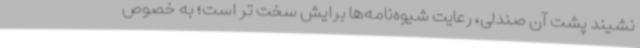
‌نشیند پشت آن صندلی، رعایت شیوه‌نامه‌ها برایش سخت تر است؛ به خصوص